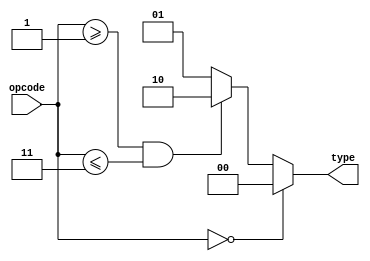
// Garvit Arora - 200372
// Apurb Agarwal - 200179
module decodetype(
    input wire [5:0] opcode,
    output reg [1:0] type
);

always @(*) begin
    if(opcode[5:0] == 0) begin
        type = 2'b00;       // R instruction
    end
    else begin
        if(opcode[5:0] >= 1 && opcode[5:0] <= 3) begin
            type = 2'b10;   // J instruction
        end
        else begin
            type = 2'b01;   // I instruction
        end
    end
end


endmodule